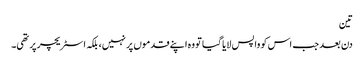
تین
دن بعد جب اس کو واپس لایا گیا تو وہ اپنے قدموں پر نہیں، بلکہ اسٹریچر پر تھی۔